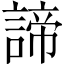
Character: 諦